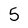
Character: 5